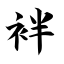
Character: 袢